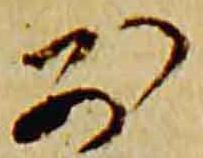
別